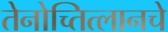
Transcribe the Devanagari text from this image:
तेनोच्तित्लानचे